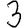
Digit: 3